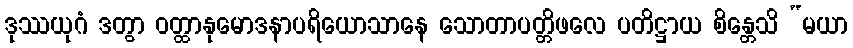
ဒုဿယုဂံ ဒတွာ ဝတ္ထာနုမောဒနာပရိယောသာနေ သောတာပတ္တိဖလေ ပတိဋ္ဌာယ စိန္တေသိ “မယာ